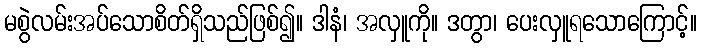
မစွဲလမ်းအပ်သောစိတ်ရှိသည်ဖြစ်၍။ ဒါနံ၊ အလှူကို။ ဒတွာ၊ ပေးလှူရသောကြောင့်။